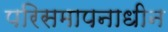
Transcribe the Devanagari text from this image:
परिसमापनाधीन